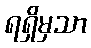
ရရှိမှသာ